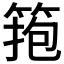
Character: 𥮼